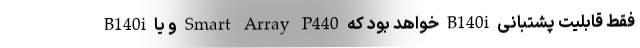
B140i و یا Smart Array P440 خواهد بود که B140i فقط قابلیت پشتبانی